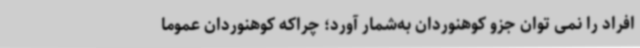
افراد را نمی توان جزو کوهنوردان به‌شمار آورد؛ چراکه کوهنوردان عموما